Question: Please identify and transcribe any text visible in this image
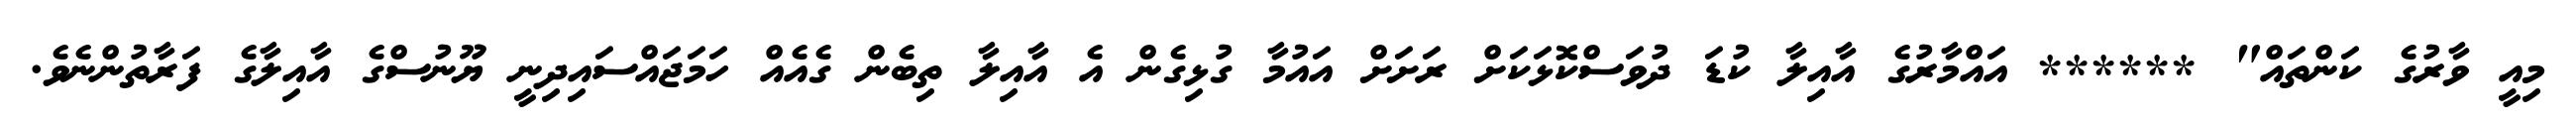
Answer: މިއީ ވާރުގެ ކަންތައް" ****** އައްމާރުގެ އާއިލާ ކުޑަ ދުވަސްކޮޅަކަށް ރަށަށް އައުމާ ގުޅިގެން އެ އާއިލާ ތިބެން ގެއެއް ހަމަޖައްސައިދިނީ ޔޫނުސްގެ އާއިލާގެ ފަރާތުންނެވެ.